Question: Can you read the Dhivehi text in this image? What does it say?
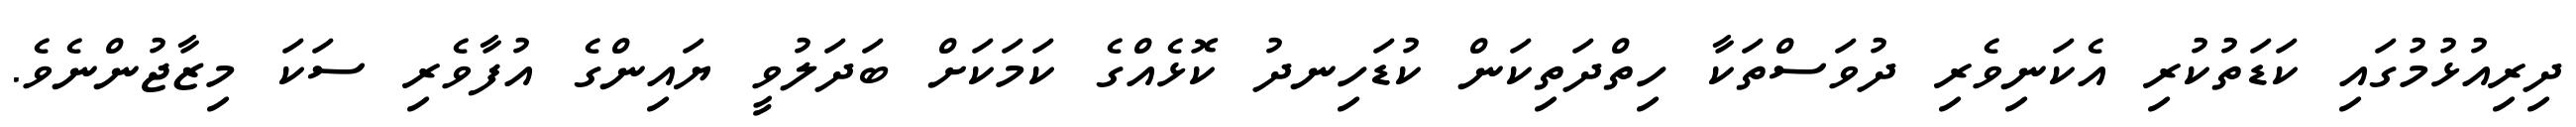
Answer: ދިރިއުޅުމުގައި ކަޑަތުކުރި އެކަނިވެރި ދުވަސްތަކާ ހިތްދަތިކަން ކުޑަހިނދު ކޮޅެއްގެ ކަމަކަށް ބަދަލުވީ ޔައިންގެ އުފާވެރި ސަކަ މިޒާޖުންނެވެ.